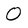
Character: O